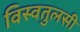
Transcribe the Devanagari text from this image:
विस्वतुलसी